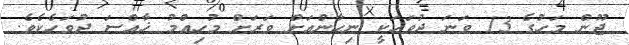
ޖޫން މަހުގެ 13 ވަނަ ދުވަހަކީ ނިހާންއަށް ވަރަށް މުހިއްމު ޚާއްސަ ދުވަހެކެވެ.